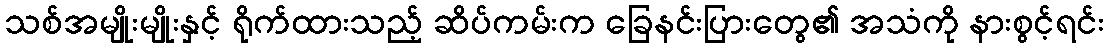
သစ်အမျိုးမျိုးနှင့် ရိုက်ထားသည့် ဆိပ်ကမ်းက ခြေနင်းပြားတွေ၏ အသံကို နားစွင့်ရင်း